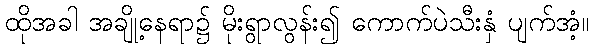
ထိုအခါ အချို့နေရာ၌ မိုးရွာလွန်း၍ ကောက်ပဲသီးနှံ ပျက်အံ့။